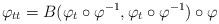
LaTeX: \begin{align*} \varphi_{tt} = B(\varphi_t \circ \varphi^{-1},\varphi_t \circ \varphi^{-1}) \circ \varphi\end{align*}